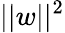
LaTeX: ||w||^{2}